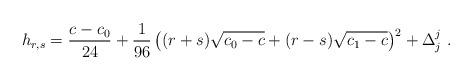
LaTeX: \begin{align*} h_{r,s}={{c-c_0}\over24}+{1\over96}\left((r+s) \sqrt{c_0-c}+(r-s)\sqrt{c_1-c}\right)^2+\Delta^j_j{}~.\end{align*}